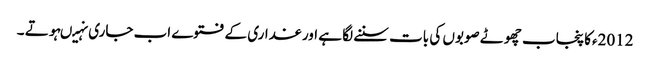
2012ءکا پنجاب چھوٹے صوبوں کی بات سننے لگا ہے اور غداری کے فتوے اب جاری نہیںہوتے ۔